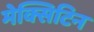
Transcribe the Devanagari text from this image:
मेक्सिटिन